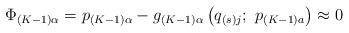
LaTeX: \begin{align*}\Phi _{\left( K-1\right) \alpha }=p_{\left( K-1\right) \alpha }-g_{\left(K-1\right) \alpha }\left( q_{\left( s\right) j};\ p_{\left( K-1\right)a}\right) \approx 0 \end{align*}